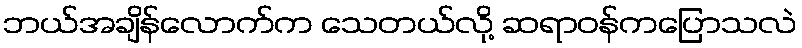
ဘယ်အချိန်လောက်က သေတယ်လို့ ဆရာဝန်ကပြောသလဲ